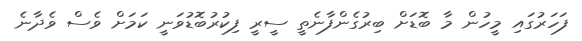
ފަހަރުގައި މީހުން މާ ބޮޑަށް ބިރުގެންފާނެތީ ސީރީ ފިކުރުބޮޑުވަނީ ކަމަށް ވެސް ވެދާނެ